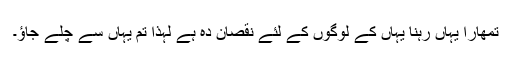
تمھارا یہاں رہنا یہاں کے لوگوں کے لئے نقصان دہ ہے لہٰذا تم یہاں سے چلے جاؤ۔